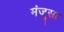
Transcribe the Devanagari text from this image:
मंजूसा